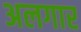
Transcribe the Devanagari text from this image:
अलगार